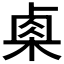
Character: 𬃄